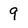
Character: 9